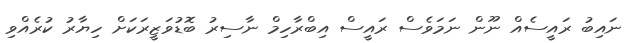
ނައިބު ރައީސެއް ނޫން ނަމަވެސް ރައީސް އިބްރާހިމް ނާސިރު ބޮޑުވަޒީރަކަށް ހިޔާރު ކުރެއްވި